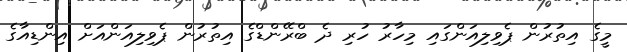
މީގެ އިތުރުން ޕެވިލިއަންގައި މިހާރު ހުރި ދެ ބްރޭންޑްގެ އިތުރުން ޕެވިލިއަންއަށް އިންޑިއާގެ